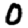
Digit: 0